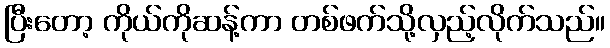
ပြီးတော့ ကိုယ်ကိုဆန့်ကာ တစ်ဖက်သို့လှည့်လိုက်သည်။